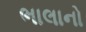
ભાલાનો